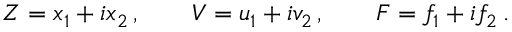
Z = x _ { 1 } + i x _ { 2 } \, , \qquad V = u _ { 1 } + i v _ { 2 } \, , \qquad F = f _ { 1 } + i f _ { 2 } \, .